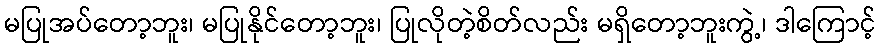
မပြုအပ်တော့ဘူး၊ မပြုနိုင်တော့ဘူး၊ ပြုလိုတဲ့စိတ်လည်း မရှိတော့ဘူးကွဲ့၊ ဒါကြောင့်